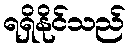
ရရှိနိုင်သည်